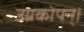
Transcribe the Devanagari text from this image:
उग्रकोपन्।